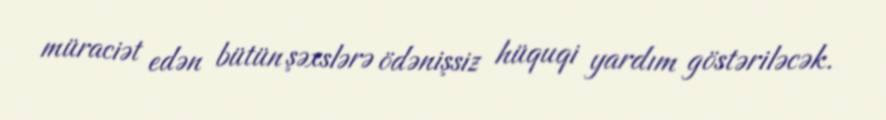
müraciət edən bütün şəxslərə ödənişsiz hüquqi yardım göstəriləcək.